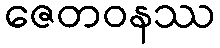
ဇေတဝနဿ